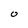
Character: O